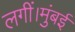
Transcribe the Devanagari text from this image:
लगीं।मुंबई